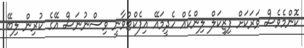
ކޮންމެވެސް ވަރަކަށް ފިޒިކަލް ލިންކެއް ހެދީމައޭ އިފެކްޓްވާނީ ވިސްނުނަސް އޭގެ ކުރިން ލިބޭ